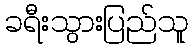
ခရီးသွားပြည်သူ